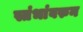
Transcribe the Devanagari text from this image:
स्तंभांवरुन